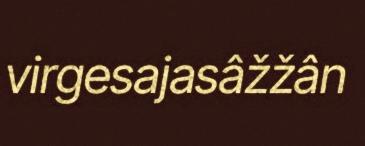
virgesajasâžžân